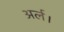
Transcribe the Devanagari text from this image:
अर्ल।